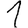
Digit: 1